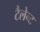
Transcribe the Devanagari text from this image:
टैलेन्ट